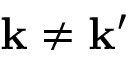
{ \bf k } \ne { \bf k ^ { \prime } }